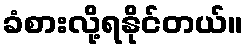
ခံစားလို့ရနိုင်တယ်။